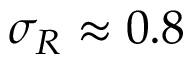
\sigma _ { R } \approx 0 . 8